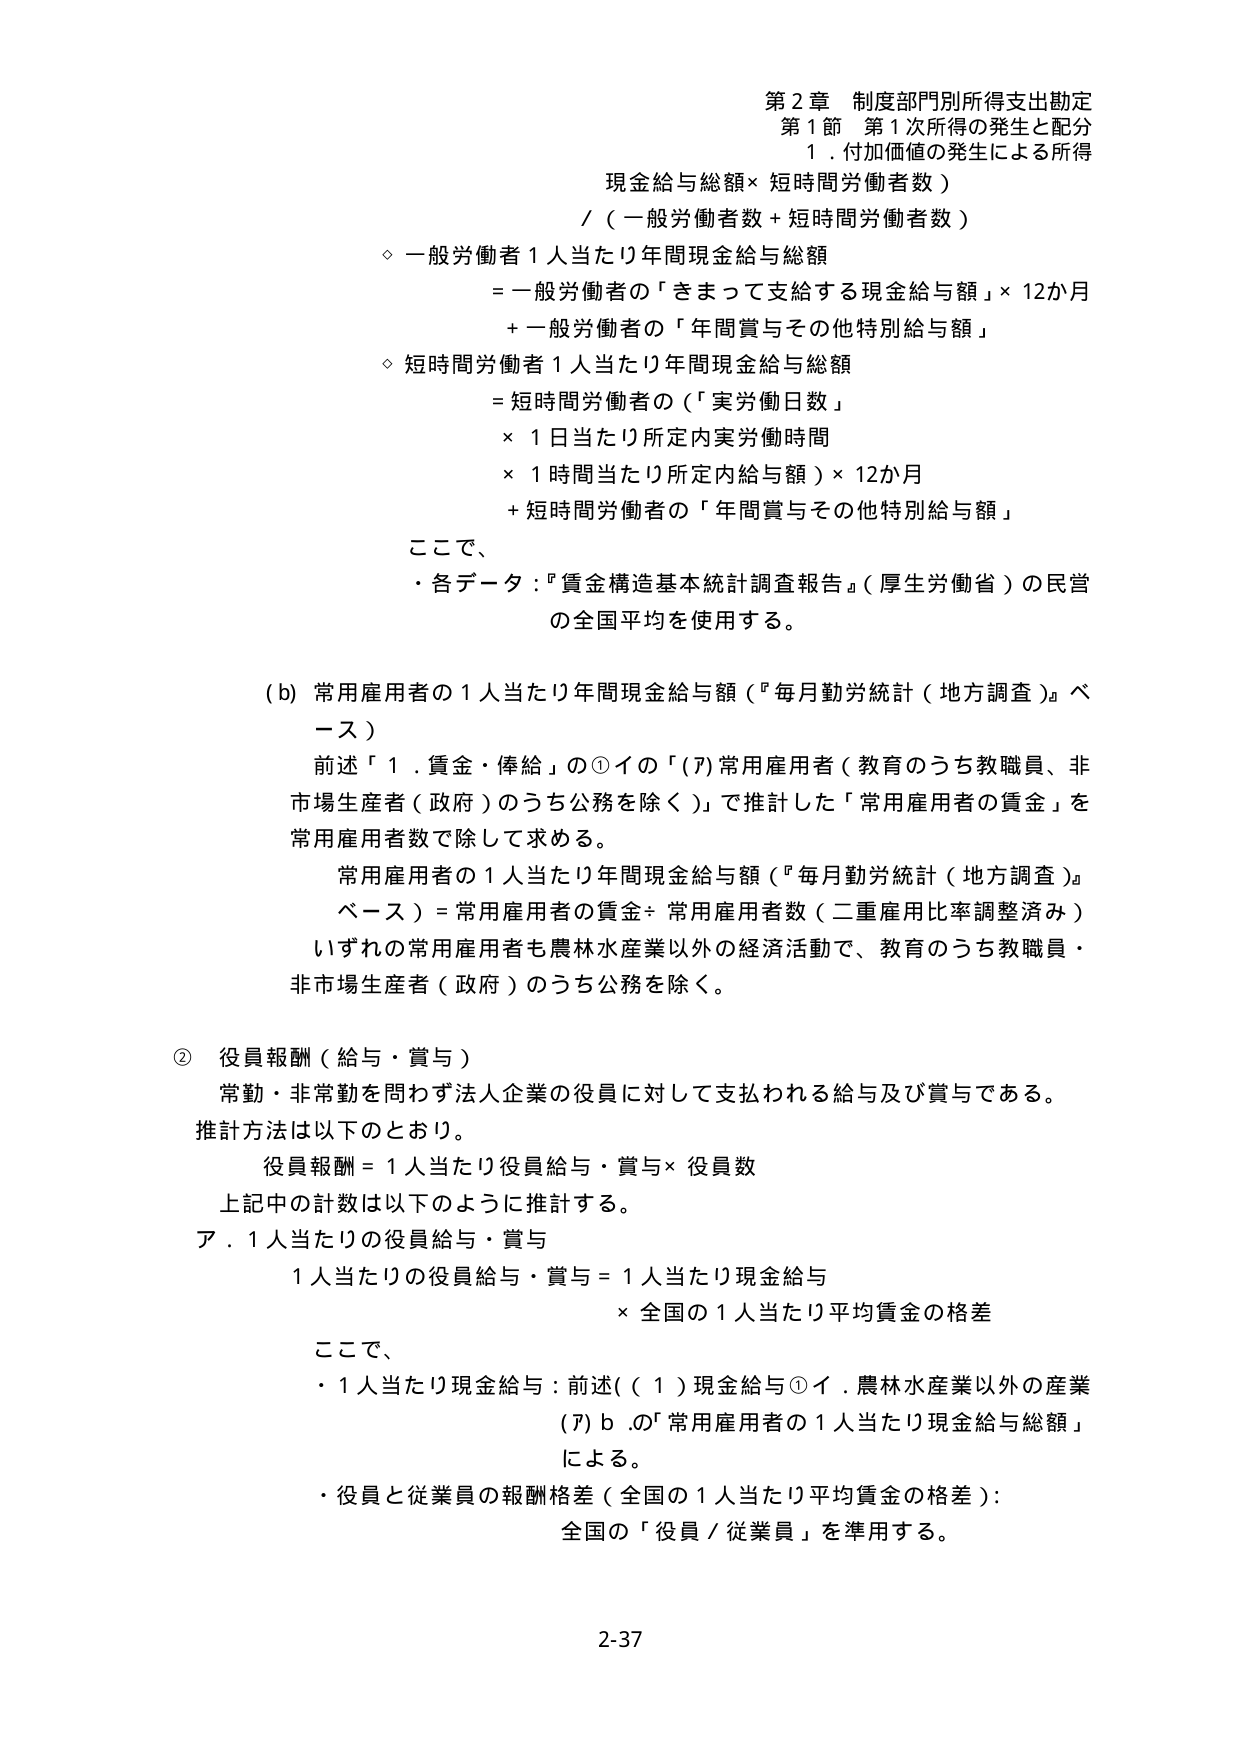
第２章 制度部門別所得支出勘定
第１節 第１次所得の発生と配分
１．付加価値の発生による所得

現金給与総額×短時間労働者数）
／（一般労働者数＋短時間労働者数）

◇ 一般労働者１人当たり年間現金給与総額
　＝一般労働者の「きまって支給する現金給与額」×12か月
　＋一般労働者の「年間賞与その他特別給与額」

◇ 短時間労働者１人当たり年間現金給与総額
　＝短時間労働者の（「実労働日数」
　×１日当たり所定内実労働時間
　×１時間当たり所定内給与額）×12か月
　＋短時間労働者の「年間賞与その他特別給与額」

ここで、
・各データ：『賃金構造基本統計調査報告』（厚生労働省）の民営
　の全国平均を使用する。

(b) 常用雇用者の１人当たり年間現金給与額（『毎月勤労統計（地方調査）』ベース）
　前述「１．賃金・俸給」の①イの「(7)常用雇用者（教育のうち教職員、非市場生産者（政府）のうち公務を除く）」で推計した「常用雇用者の賃金」を
　常用雇用者数で除して求める。
　常用雇用者の１人当たり年間現金給与額（『毎月勤労統計（地方調査）』
　ベース）＝常用雇用者の賃金÷常用雇用者数（二重雇用比率調整済み）
　いずれの常用雇用者も農林水産業以外の経済活動で、教育のうち教職員・
　非市場生産者（政府）のうち公務を除く。

② 役員報酬（給与・賞与）
　常勤・非常勤を問わず法人企業の役員に対して支払われる給与及び賞与である。
　推計方法は以下のとおり。
　　役員報酬＝１人当たり役員給与・賞与×役員数
　上記中の計数は以下のように推計する。
　ア．１人当たりの役員給与・賞与
　　　１人当たりの役員給与・賞与＝１人当たり現金給与
　　　　　　　　　　　　　　　　×全国の１人当たり平均賃金の格差

　ここで、
　・１人当たり現金給与：前述（１）現金給与①イ．農林水産業以外の産業
　　(7)ｂ．の「常用雇用者の１人当たり現金給与総額」
　　による。
　・役員と従業員の報酬格差（全国の１人当たり平均賃金の格差）：
　　全国の「役員／従業員」を準用する。

2-37